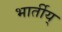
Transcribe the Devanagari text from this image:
भार्तीय्